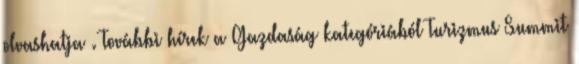
olvashatja . További hírek a Gazdaság kategóriából Turizmus Summit